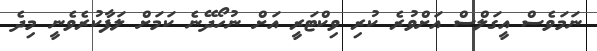
ނަމަވެސް އީގަލްސް އަށްވުރެ ކުރި ވިކްޓަރީ އަށް ނުހޯދޭނެ ކަމަށް ލަފާކުރެވެނީ މިދެ